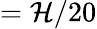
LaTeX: =\mathcal{H}/20